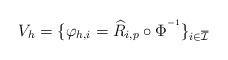
LaTeX: \begin{align*} V_{h}= \{\varphi_{h,{i}} = \widehat{R}_{{i},{p}} \circ \mathrm{\Phi}^{^{-1}} \}_{{i} \in \overline{\mathcal{I}}}\end{align*}